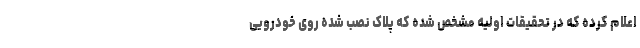
اعلام کرده که در تحقیقات اولیه مشخص شده که پلاک نصب شده روی خودرویی